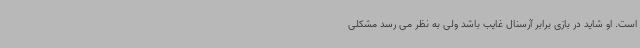
است. او شاید در بازی برابر آرسنال غایب باشد ولی به نظر می رسد مشکلی